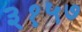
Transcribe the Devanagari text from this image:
३१५७